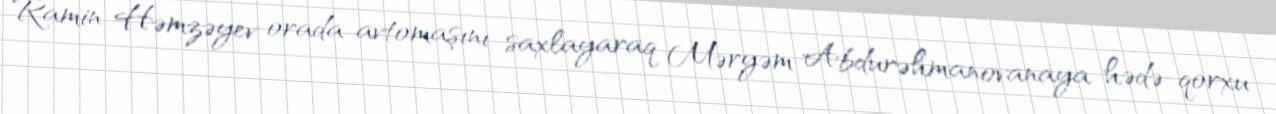
Ramin Həmzəyev orada avtomaşını saxlayaraq Məryəm Abdurəhmanovanaya hədə-qorxu